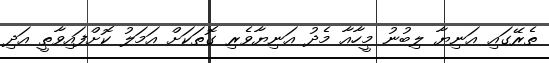
ތެރޭގައި އަނިޔާ ލިބުނު މީހާއާ މެދު އަނިޔާވެރި ގޮތަކަށް އަމަލު ކޮށްފައިވާތީ އަދި